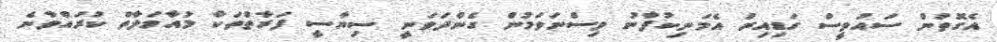
އެގޮތުން ސައުވީސް ގަޑިއިރު އެމަނިކުފާނު ވިސްނަވަމުން ގެންދަވަނީ ސިޔާސީ ފަރާތްތަކާ މުއާމަލާތް ކުރައްވާނެ